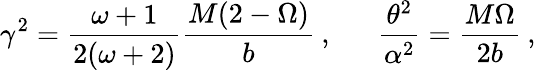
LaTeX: \gamma^{2}=\frac{\omega+1}{2(\omega+2)}\frac{M(2-\Omega)}{b}\: ,\: \: \: \: \: \: \: \frac{\theta^{2}}{\alpha^{2}}=\frac{M\Omega}{2b}\: ,